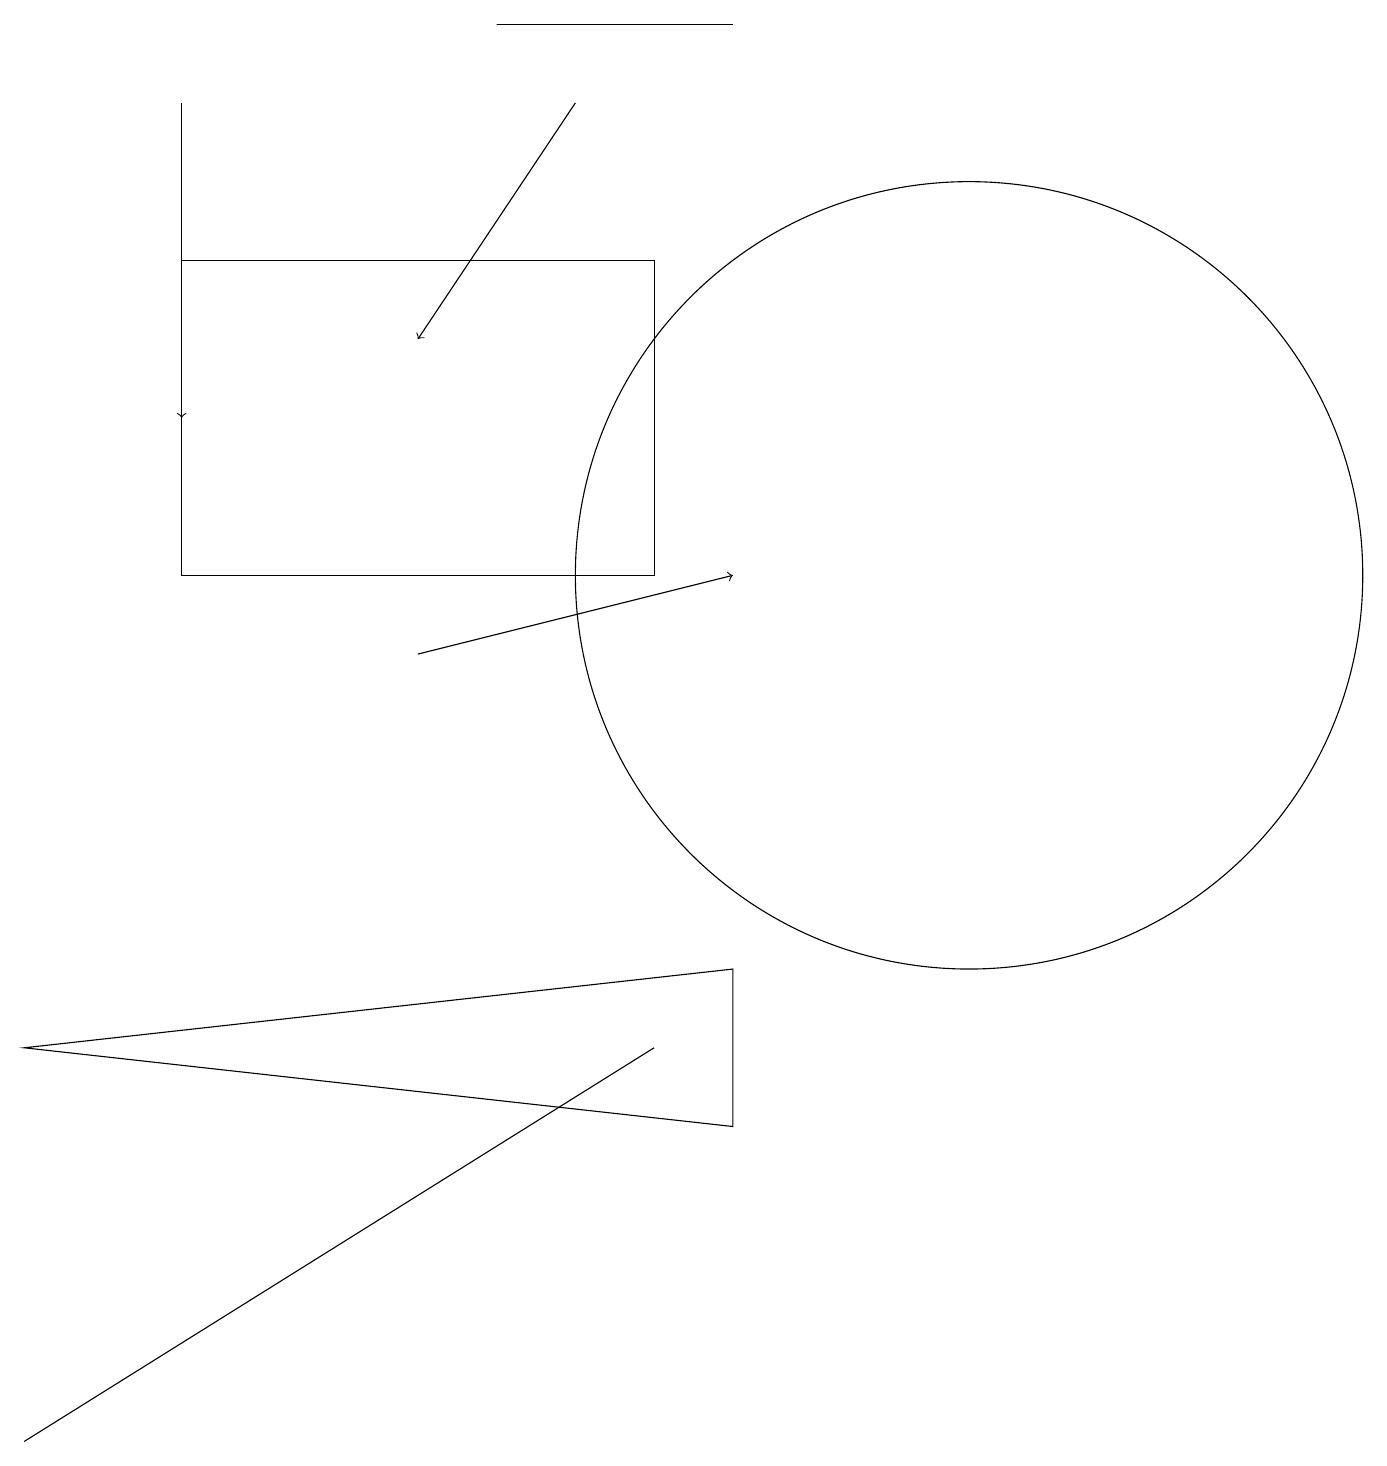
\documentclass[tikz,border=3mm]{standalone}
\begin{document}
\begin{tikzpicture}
\draw (12,11) circle (5);
\draw[->] (5,10) -- (9,11);
\draw (9,18) rectangle (6,18);
\draw (2,11) rectangle (8,15);
\draw[->] (7,17) -- (5,14);
\draw (0,0) -- (0,0) -- (8,5) -- cycle;
\draw[->] (2,17) -- (2,13);
\draw (0,5) -- (9,6) -- (9,4) -- cycle;
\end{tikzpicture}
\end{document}